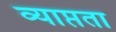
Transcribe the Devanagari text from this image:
व्याप्तता